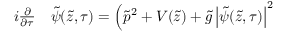
\begin{array} { r l } { i \frac { \partial } { \partial \tau } } & { { } \tilde { \psi } ( \tilde { z } , \tau ) = \Bigl ( \tilde { p } ^ { 2 } + V ( \tilde { z } ) + \tilde { g } \left| \tilde { \psi } ( \tilde { z } , \tau ) \right| ^ { 2 } } \end{array}